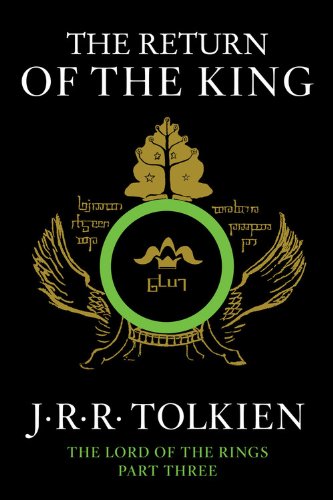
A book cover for The Return of the King: Being the Third Part of the Lord of the Rings; J.R.R. Tolkien; Science Fiction & Fantasy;